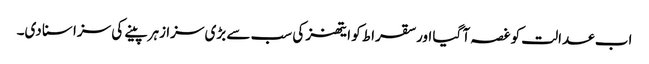
اب عدالت کو غصہ آ گیا اور سقراط کو ایتھنز کی سب سے بڑی سزا زہر پینے کی سزا سنا دی۔